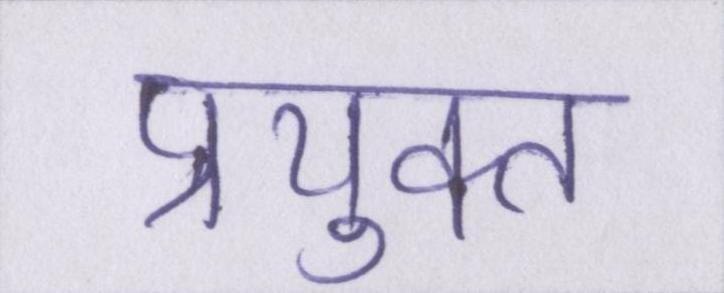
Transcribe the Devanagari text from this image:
प्रयुक्त